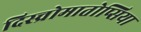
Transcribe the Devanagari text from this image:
दिस्च्रोमातोप्सिया